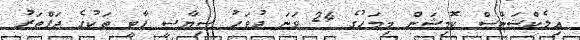
އިލެކްޝަންސް ކޮމިޝަން މިމަހުގެ 24 ވަަނަ ދުވަހު ސިޔާސީ ޕާޓީ ތަކުގެ ދަފްތަރު